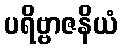
ပရိဗ္ဗာဇနိယံ